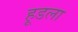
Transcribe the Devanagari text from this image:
हूडला